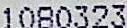
1080323